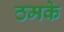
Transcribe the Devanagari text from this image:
ठमके